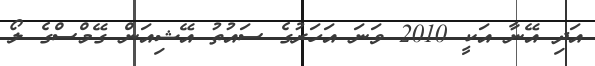
އަދި އޭނާ އަކީ 2010 ވަނަ އަހަރުގެ ސައުތު އޭޝިއަން ގޭމްސްގެ ލޯ